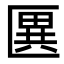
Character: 㔴